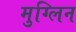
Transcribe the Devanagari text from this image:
मुग्लिन